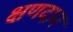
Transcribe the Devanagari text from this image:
क्षणदान